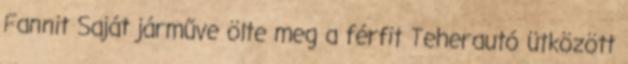
Fannit Saját járműve ölte meg a férfit Teherautó ütközött